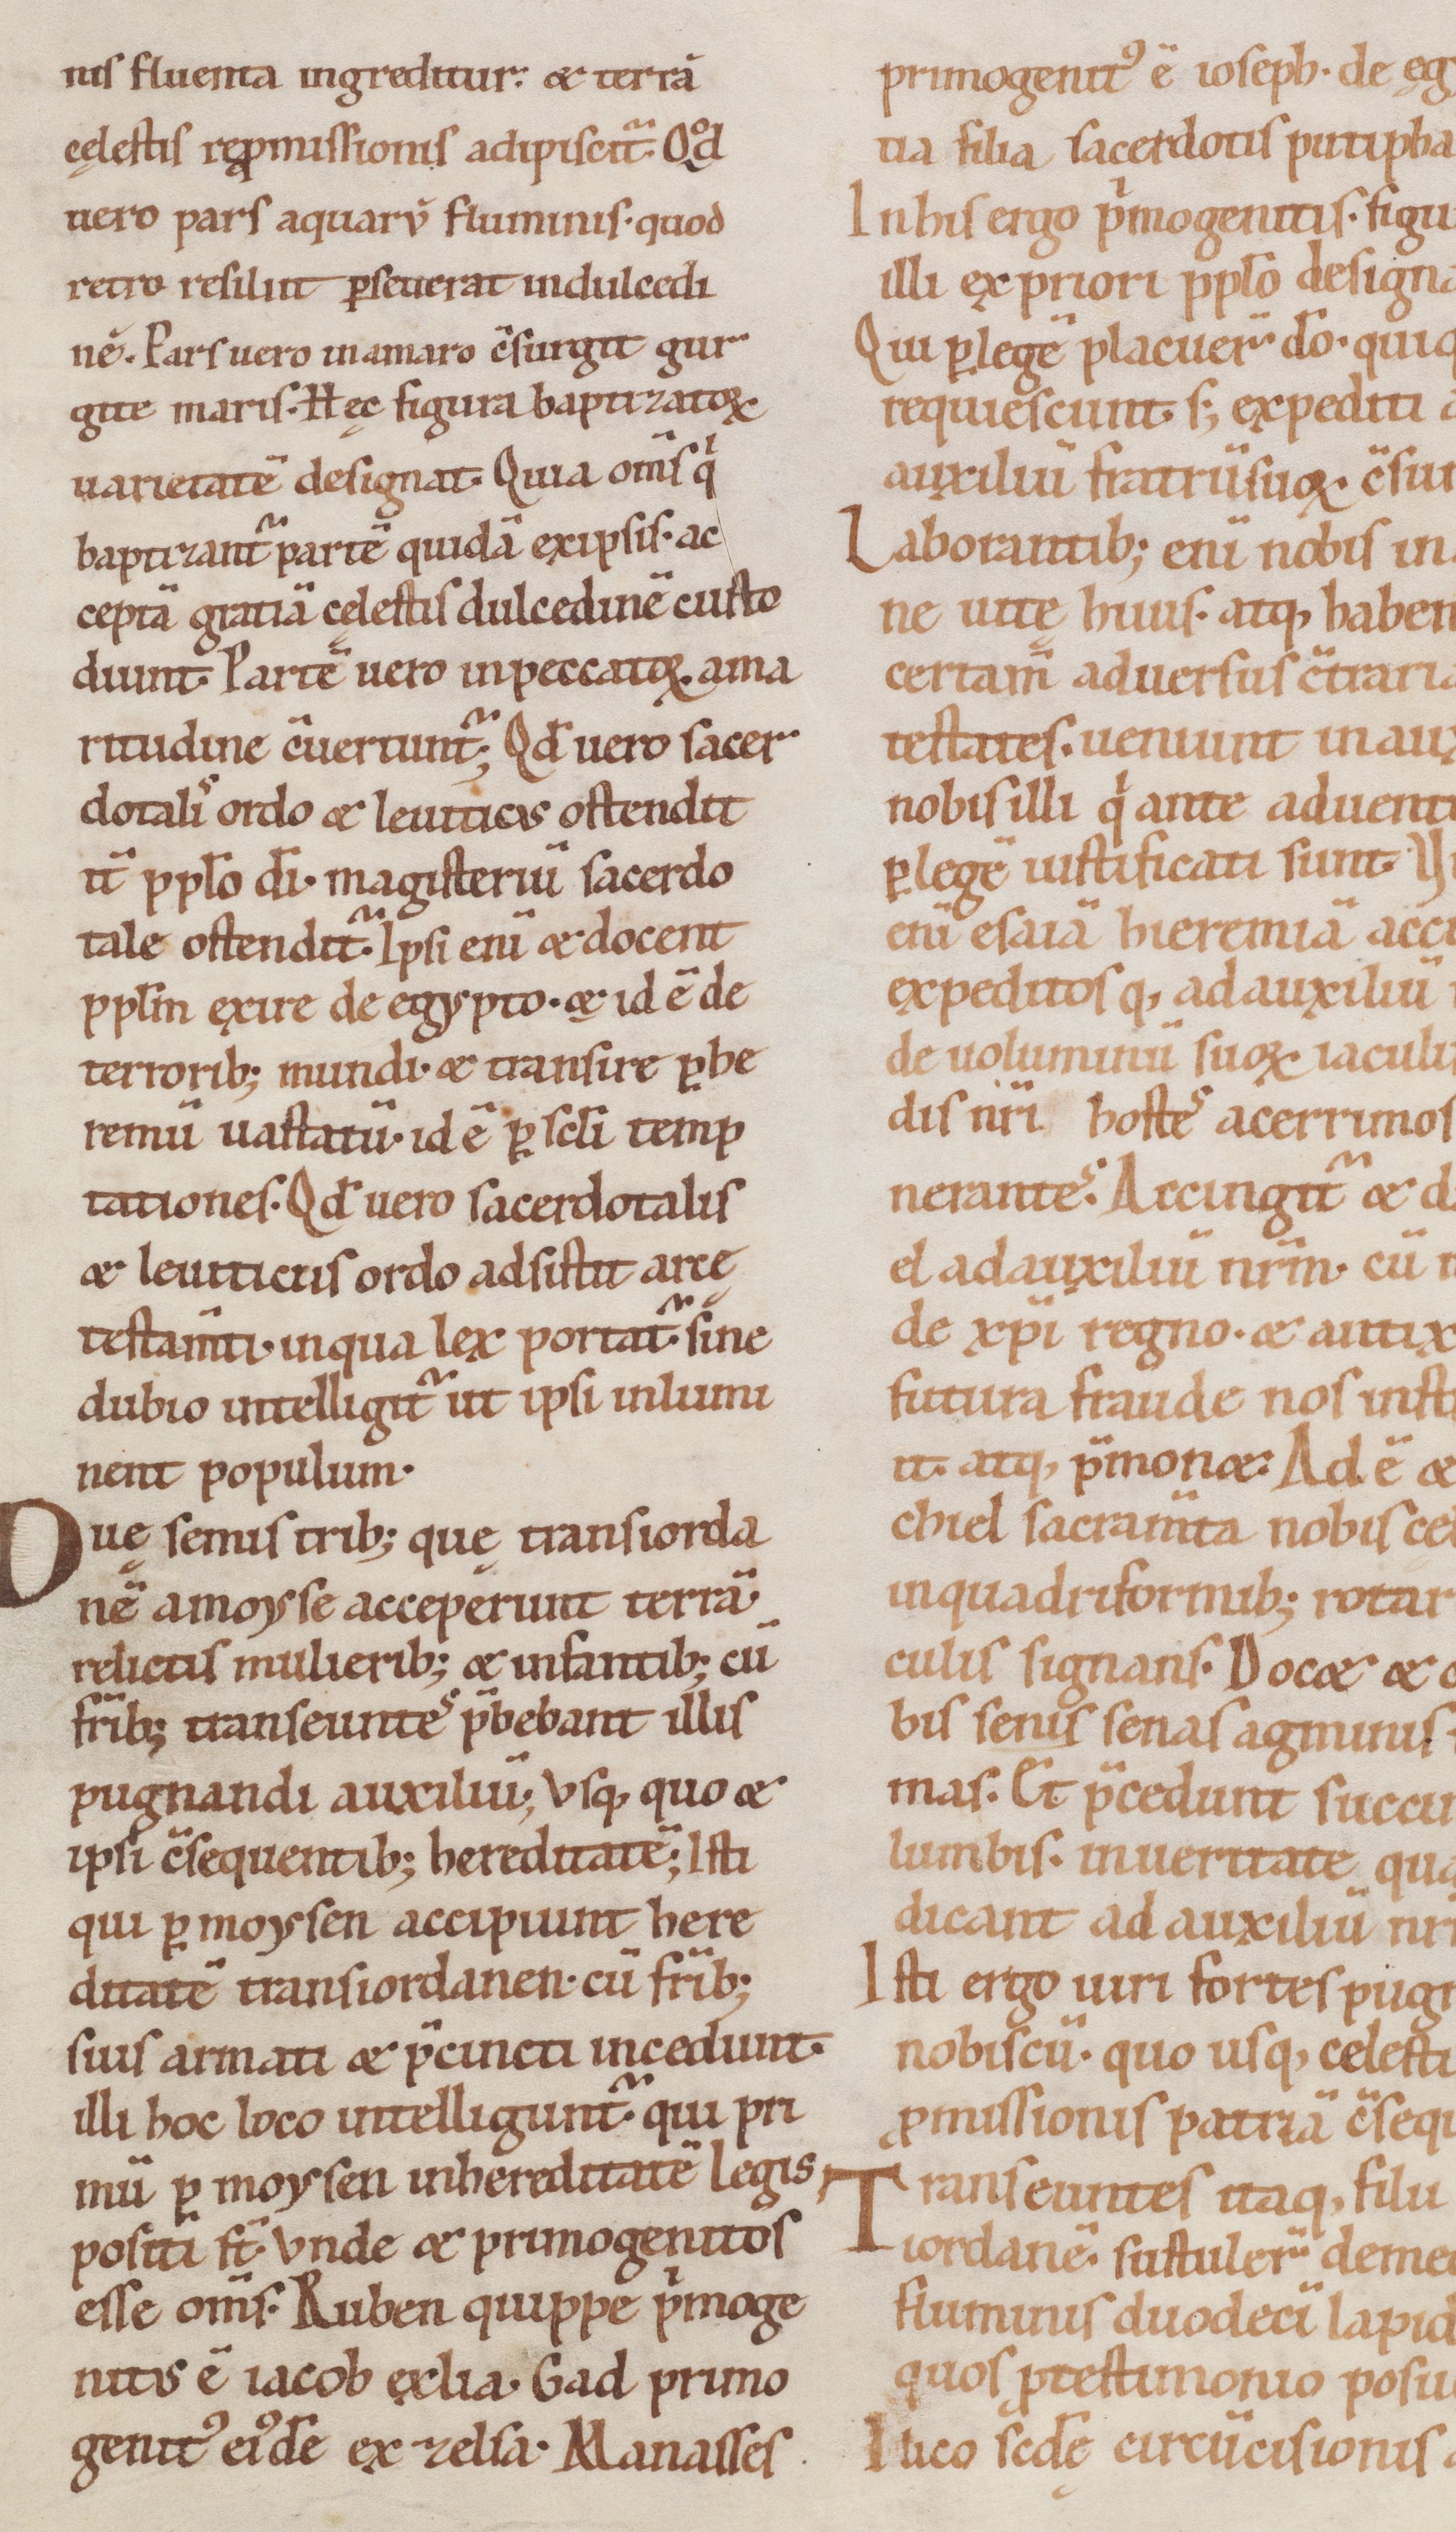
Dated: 1100–1199